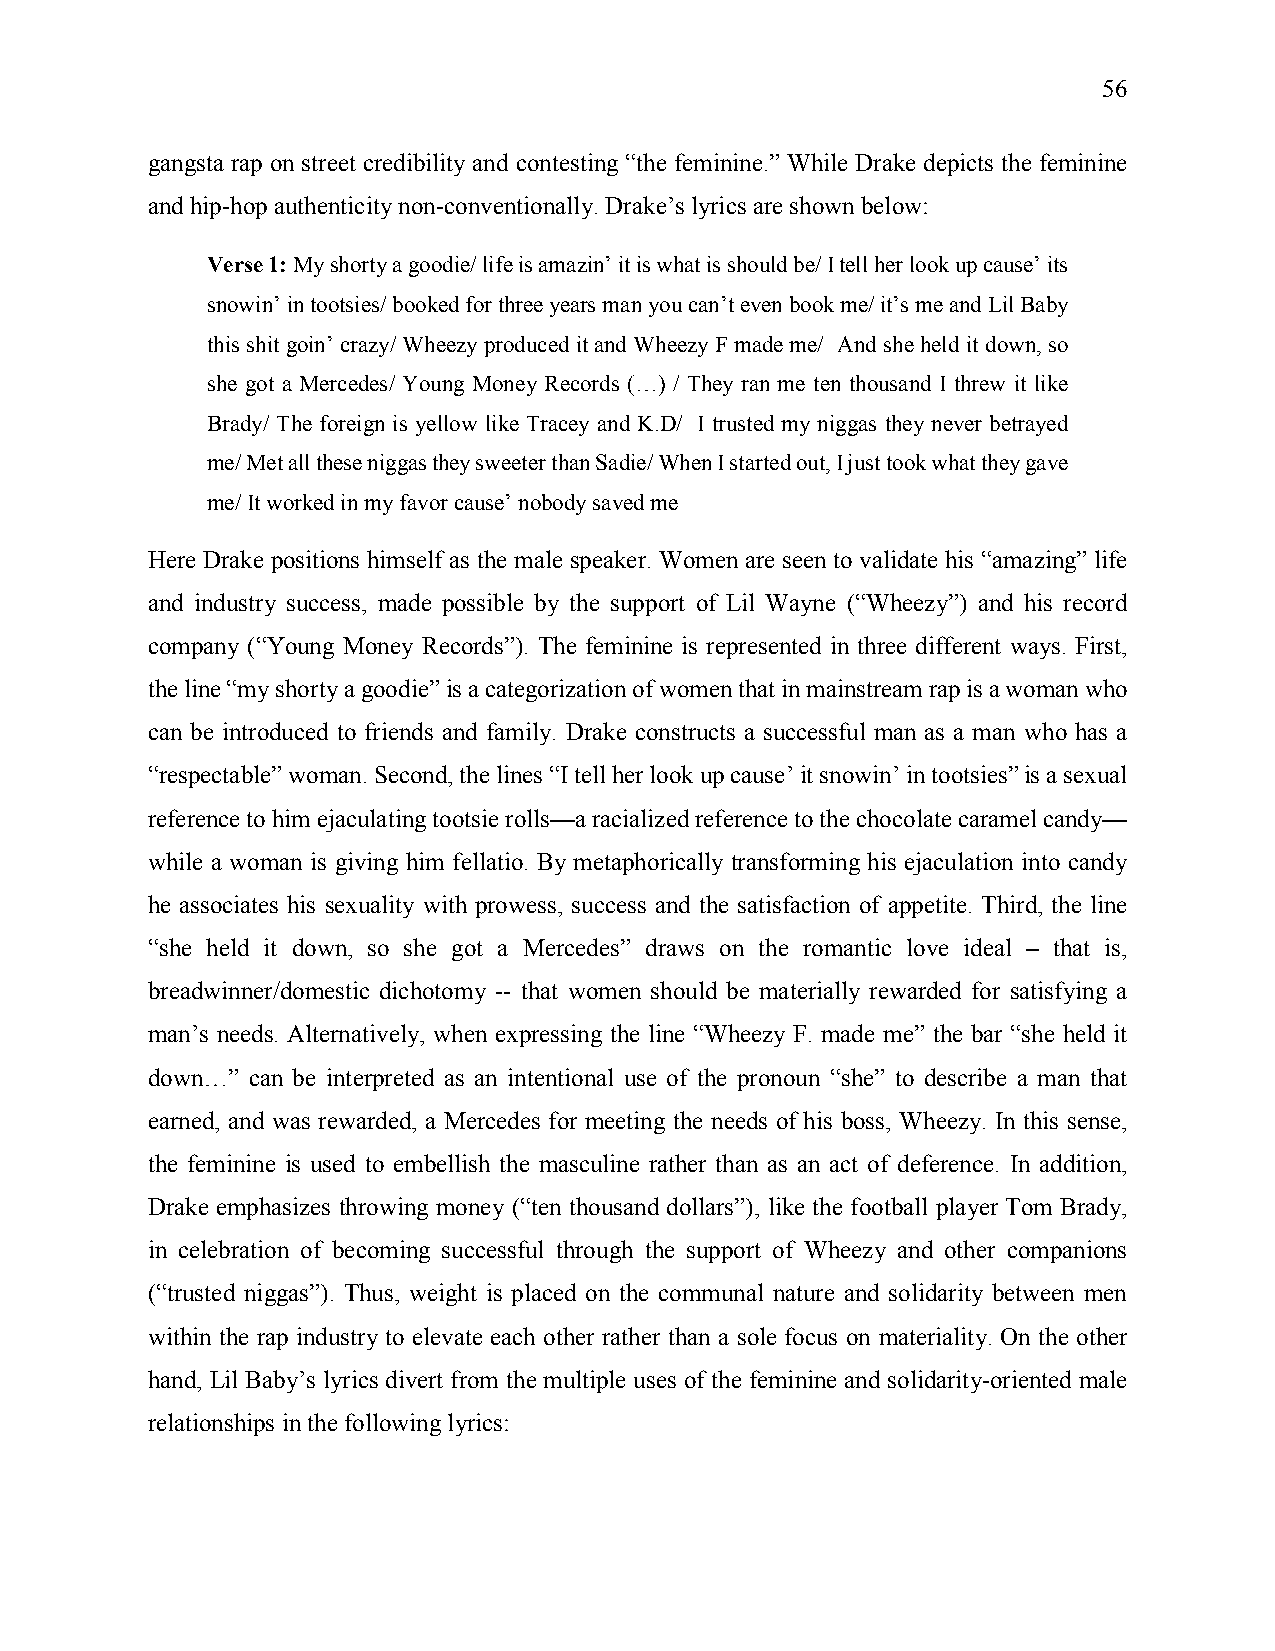
56
 gangsta rap on street credibility and contesting “the feminine.” While Drake depicts the feminine
 and hip-hop authenticity non-conventionally. Drake’s lyrics are shown below:
 Verse 1: My shorty a goodie/ life is amazin’ it is what is should be/ I tell her look up cause’ its
 snowin’ in tootsies/ booked for three years man you can’t even book me/ it’s me and Lil Baby
 this shit goin’ crazy/ Wheezy produced it and Wheezy F made me/ And she held it down, so
 she got a Mercedes/ Young Money Records (…) / They ran me ten thousand I threw it like
 Brady/ The foreign is yellow like Tracey and K.D/ I trusted my niggas they never betrayed
 me/ Met all these niggas they sweeter than Sadie/ When I started out, I just took what they gave
 me/ It worked in my favor cause’ nobody saved me
 Here Drake positions himself as the male speaker. Women are seen to validate his “amazing” life
 and industry success, made possible by the support of Lil Wayne (“Wheezy”) and his record
 company (“Young Money Records”). The feminine is represented in three different ways. First,
 the line “my shorty a goodie” is a categorization of women that in mainstream rap is a woman who
 can be introduced to friends and family. Drake constructs a successful man as a man who has a
 “respectable” woman. Second, the lines “I tell her look up cause’ it snowin’ in tootsies” is a sexual
 reference to him ejaculating tootsie rolls—a racialized reference to the chocolate caramel candy—
 while a woman is giving him fellatio. By metaphorically transforming his ejaculation into candy
 he associates his sexuality with prowess, success and the satisfaction of appetite. Third, the line
 “she held it down, so she got a Mercedes” draws on the romantic love ideal – that is,
 breadwinner/domestic dichotomy -- that women should be materially rewarded for satisfying a
 man’s needs. Alternatively, when expressing the line “Wheezy F. made me” the bar “she held it
 down…” can be interpreted as an intentional use of the pronoun “she” to describe a man that
 earned, and was rewarded, a Mercedes for meeting the needs of his boss, Wheezy. In this sense,
 the feminine is used to embellish the masculine rather than as an act of deference. In addition,
 Drake emphasizes throwing money (“ten thousand dollars”), like the football player Tom Brady,
 in celebration of becoming successful through the support of Wheezy and other companions
 (“trusted niggas”). Thus, weight is placed on the communal nature and solidarity between men
 within the rap industry to elevate each other rather than a sole focus on materiality. On the other
 hand, Lil Baby’s lyrics divert from the multiple uses of the feminine and solidarity-oriented male
 relationships in the following lyrics: